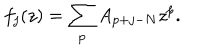
LaTeX: f _ { j } ( z ) = \sum _ { p } A _ { p + j - N } z ^ { p } .